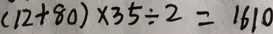
( 1 2 + 8 0 ) \times 3 5 \div 2 = 1 6 1 0